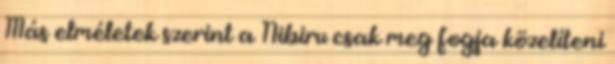
Más elméletek szerint a Nibiru csak meg fogja közelíteni